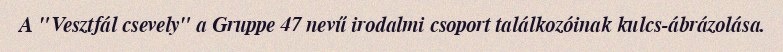
A "Vesztfál csevely" a Gruppe 47 nevű irodalmi csoport találkozóinak kulcs-ábrázolása.